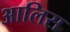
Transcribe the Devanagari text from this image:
आलिस